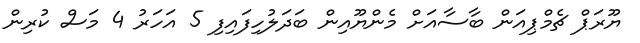
ޔޫރަޕް ޗެމްޕިއަން ބާސާއަށް މެންޔޫއިން ބަދަލުހިފައިފި 5 އަހަރު 4 މަސް ކުރިން